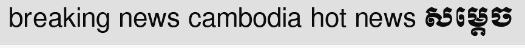
breaking news cambodia hot news សម្តេច